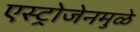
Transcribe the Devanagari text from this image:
एस्ट्रोजेनमुळे